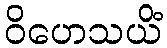
ဝိဟေသယိံ